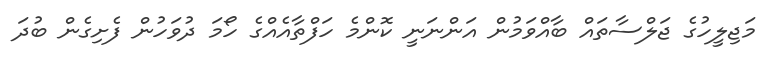
މަޖިލީހުގެ ޖަލްސާތައް ބާއްވަމުން އަންނަނީ ކޮންމެ ހަފްތާއެއްގެ ހޯމަ ދުވަހުން ފެށިގެން ބުދަ